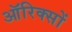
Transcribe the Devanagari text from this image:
ऑरिक्सों